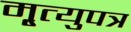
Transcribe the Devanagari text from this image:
मृ्त्युपत्र